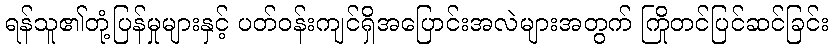
ရန်သူ၏တုံ့ပြန်မှုများနှင့် ပတ်ဝန်းကျင်ရှိအပြောင်းအလဲများအတွက် ကြိုတင်ပြင်ဆင်ခြင်း